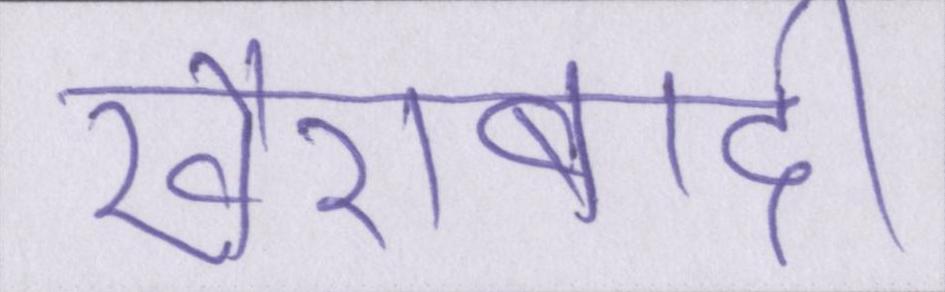
ख़ैराबादी